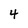
Character: 4